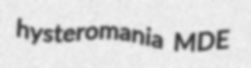
hysteromania MDE